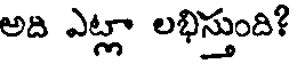
అది ఎట్లా లభిస్తుంది?